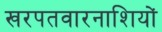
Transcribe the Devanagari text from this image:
खरपतवारनाशियों